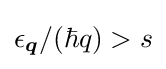
\epsilon _{\boldsymbol {q}}/(\hbar q)>s